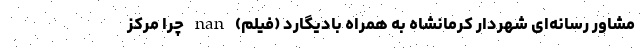
مشاور رسانه‌ای شهردار کرمانشاه به همراه بادیگارد (فیلم) nan چرا مرکز